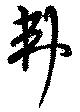
弗